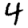
Digit: 4